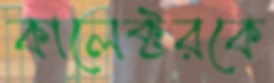
কালেক্টরকে